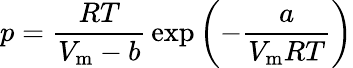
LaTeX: p={\frac{RT}{V_{\mathrm{m}}-b}}\exp\left(-{\frac{a}{V_{\mathrm{m}}RT}}\right)